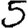
Digit: 5